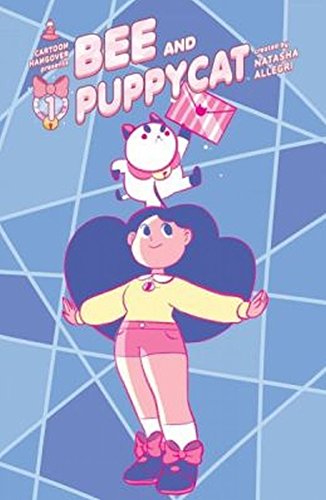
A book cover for Bee & PuppyCat Vol 1 (Bee and PuppyCat); Natasha Allegri; Children's Books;